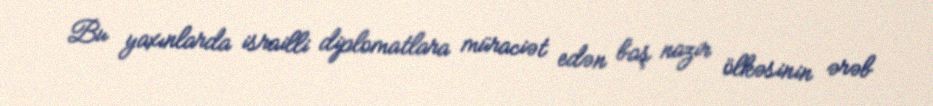
Bu yaxınlarda israilli diplomatlara müraciət edən baş nazir ölkəsinin ərəb